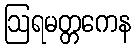
ဩရမတ္တကေန